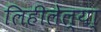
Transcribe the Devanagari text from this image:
लिहीलेल्या्